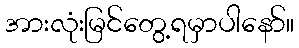
အားလုံးမြင်တွေ့ရမှာပါနော်။